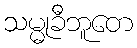
သမ္မုခီဘူတေ